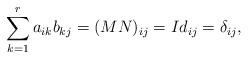
LaTeX: \begin{align*}\sum_{k=1}^r a_{ik}b_{kj}=(MN)_{ij}=Id_{ij}=\delta_{ij},\end{align*}